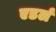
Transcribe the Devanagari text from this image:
एडर्ल